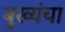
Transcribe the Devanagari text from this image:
बुख्यंचा